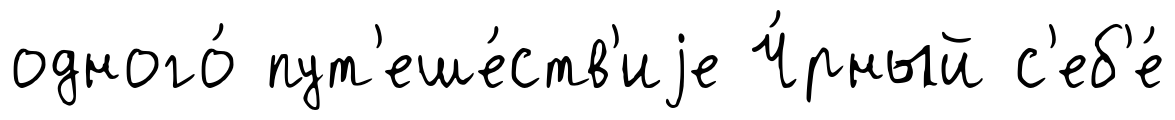
одного́ пут'еше́ств'иjе Ч́рный с'еб'е́